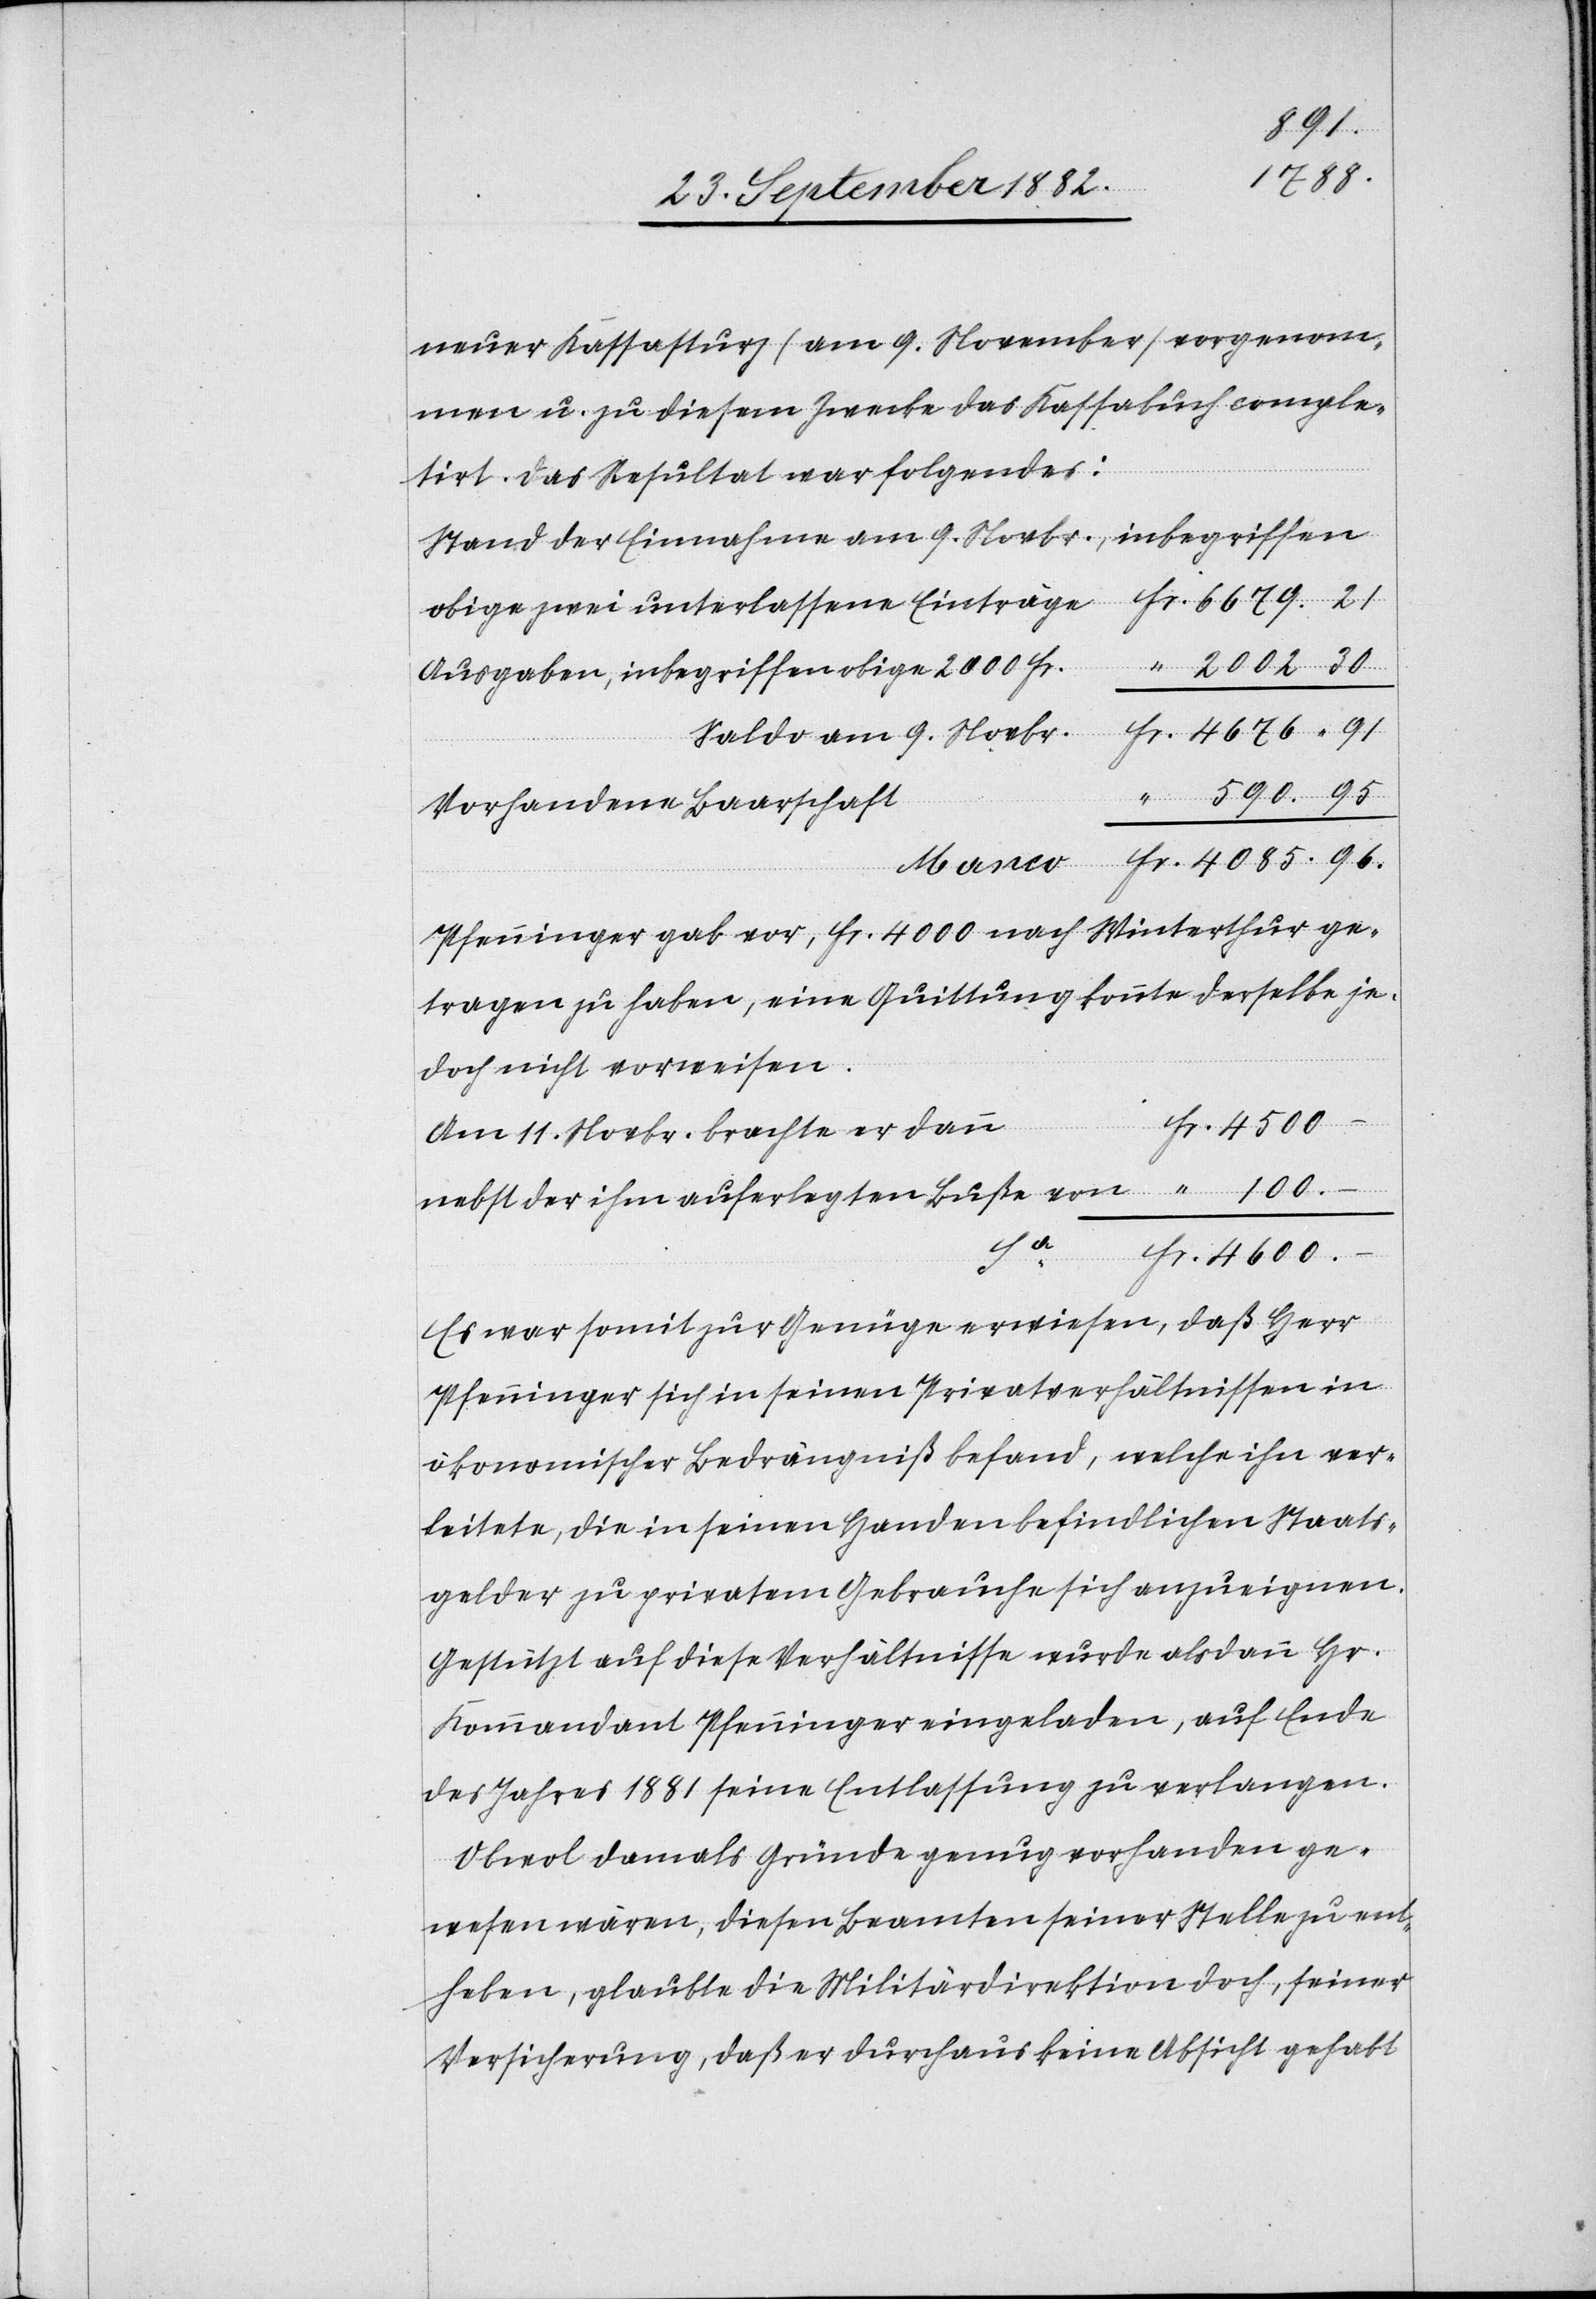
.96.
4600
neuer Kassasturz (am 9. November) vorgenom¬
men u. zu diesem Zwecke das Kassabuch comple¬
tirt. Das Resultat war Folgendes:
Stand der Einnahmen am 9. Novbr., inbegriffen
Ausgaben, inbegriffen obige 2000 Fr.
unterlassene
Vorhandene Baarschaft
Manco
Pfenninger gab vor, Fr. 4000 nach Winterthur ge¬
tragen zu haben, eine Quittung konnte derselbe je¬
doch nicht vorweisen.
Am 11. Novbr. brachte er dann
nebst der ihm auferlegten Buße von
Fr.
Es war somit zur Genügen erwiesen, daß Herr
Pfenninger sich in seinen Privatverhältnissen in
ökonomischer Bedrängniß befand, welche ihn ver¬
leitete, die in seinen Handen befindlichen Staats¬
gelder zu privatem Gebrauche sich anzueignen.
Gestützt auf diese Verhältnisse wurde alsdann Hr.
Kommandant Pfenninger eingeladen, auf Ende
des Jahres 1881 seine Entlassung zu verlangen.
Obwol damals Gründe genug vorhanden ge¬
wesen wären, diesen Beamten seiner Stelle zu ent¬
heben, glaubte die Militärdirektion doch, seiner
Versicherung, daß er durchaus keine Absicht gehabt